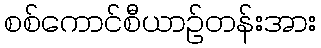
စစ်ကောင်စီယာဉ်တန်းအား